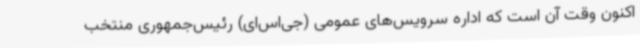
اکنون وقت آن است که اداره سرویس‌های عمومی (جی‌اس‌ای) رئیس‌جمهوری منتخب